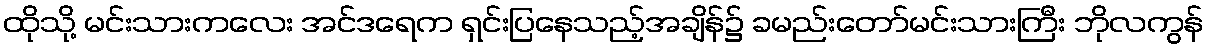
ထိုသို့ မင်းသားကလေး အင်ဒရေက ရှင်းပြနေသည့်အချိန်၌ ခမည်းတော်မင်းသားကြီး ဘိုလကွန်